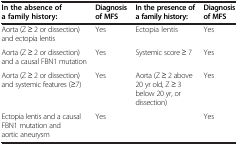
<table><thead><tr><td><b>In the absence of a family history:</b></td><td><b>Diagnosis of MFS</b></td><td><b>In the presence of a family history:</b></td><td><b>Diagnosis of MFS</b></td></tr></thead><tbody><tr><td>Aorta (Z ≥ 2 or dissection) and ectopia lentis</td><td>Yes</td><td>Ectopia lentis</td><td>Yes</td></tr><tr><td>Aorta (Z ≥ 2 or dissection) and a causal FBN1 mutation</td><td>Yes</td><td>Systemic score ≥ 7</td><td>Yes</td></tr><tr><td>Aorta (Z ≥ 2 or dissection) and systemic features (≥7)</td><td>Yes</td><td>Aorta (Z ≥ 2 above 20 yr old, Z ≥ 3 below 20 yr, or dissection)</td><td>Yes</td></tr><tr><td>Ectopia lentis and a causal FBN1 mutation and aortic aneurysm</td><td>Yes</td><td> </td><td>Yes</td></tr></tbody></table>